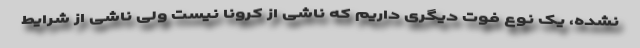
نشده، یک نوع فوت دیگری داریم که ناشی از کرونا نیست ولی ناشی از شرایط